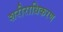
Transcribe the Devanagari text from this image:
शरीराधिकरण